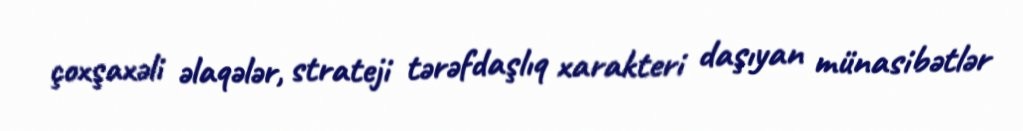
çoxşaxəli əlaqələr, strateji tərəfdaşlıq xarakteri daşıyan münasibətlər